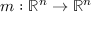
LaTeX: m : \mathbb { R } ^ { n } \rightarrow \mathbb { R } ^ { n }